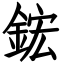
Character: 鋐